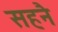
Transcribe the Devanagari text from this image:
सहनै